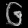
Digit: ၆